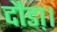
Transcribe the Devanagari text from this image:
दौडा़।